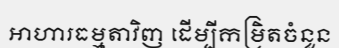
អាហារធម្មតាវិញ ដើម្បីកម្រិតចំនួន